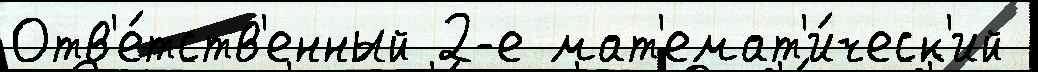
Отв'е́тств'енный 2-е мат'емат'и́ческ'ий